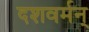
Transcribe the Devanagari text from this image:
दशवर्मन्‌